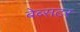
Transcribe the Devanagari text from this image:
बेब्सटर